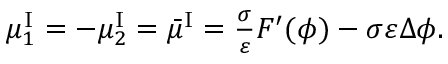
\begin{array} { r } { \mu _ { 1 } ^ { \mathrm { I } } = - \mu _ { 2 } ^ { \mathrm { I } } = \bar { \mu } ^ { \mathrm { I } } = \frac { \sigma } { \varepsilon } F ^ { \prime } ( \phi ) - \sigma \varepsilon \Delta \phi . } \end{array}